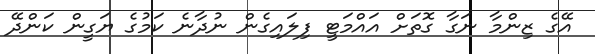
އޭގެ ޒިންމާ ނަގާ ގޮތަށް އައްމަޓީ ފިލައިގެން ނުދާނެ ކަމުގެ ޔަގީން ކަންދޭ